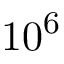
\mathrm { 1 0 ^ { 6 } }